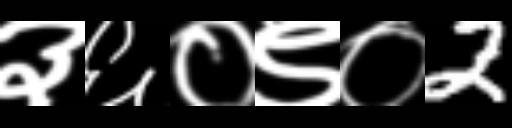
Text: ३६०९०2